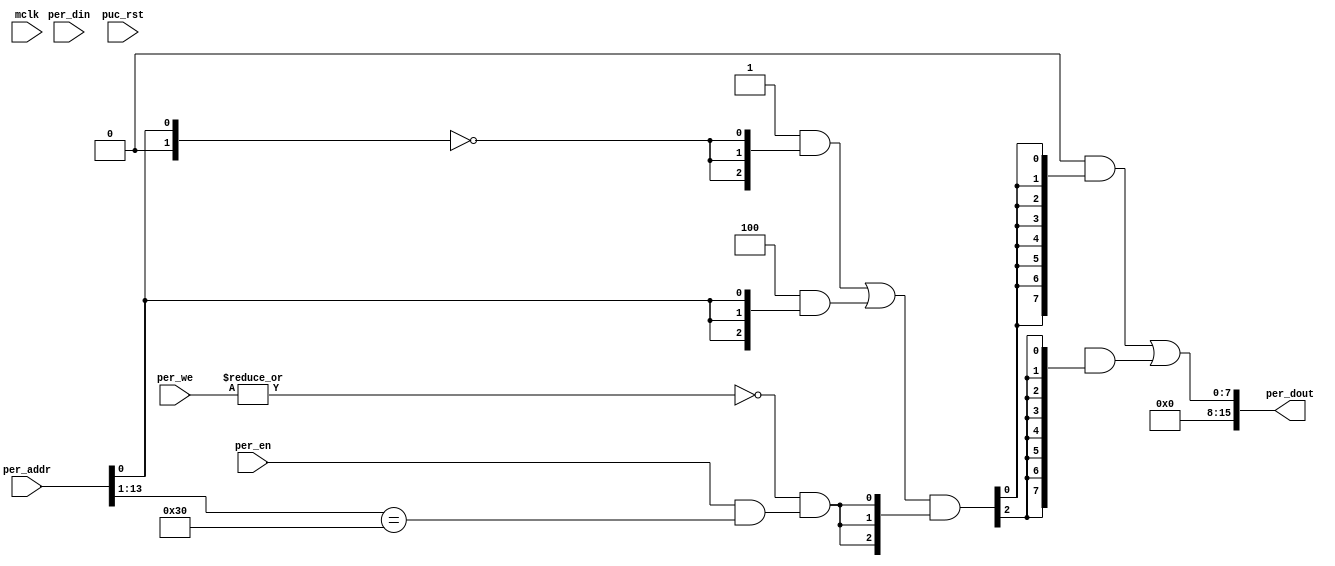
module file_io (
    output wire [15:0] per_dout,
    input  wire        mclk,
    input  wire [13:0] per_addr,
    input  wire [15:0] per_din,
    input  wire        per_en,
    input  wire  [1:0] per_we,
`ifdef VERILATOR
    input  wire [7:0]  fio_din,
    input  wire        fio_dready,
    output reg [7:0]   fio_dout,
    output reg         fio_dnxt,
    output reg         fio_dout_rdy,
`endif
    input  wire        puc_rst
);

//=============================================================================
// 1)  PARAMETER DECLARATION
//=============================================================================

// Register base address (must be aligned to decoder bit width)
parameter       [14:0] BASE_ADDR = 15'h00c0;

// Decoder bit width (defines how many bits are considered for address decoding)
parameter              DEC_WD    = 2;

// Register addresses offset
parameter [DEC_WD-1:0] STATUS    = 'h0,
                       DATA      = 'h2;

// Register one-hot decoder utilities
parameter              DEC_SZ    = (1 << DEC_WD);
parameter [DEC_SZ-1:0] BASE_REG  = {{DEC_SZ-1{1'b0}}, 1'b1};

// Register one-hot decoder
parameter [DEC_SZ-1:0] STATUS_D  = (BASE_REG << STATUS),
                       DATA_D    = (BASE_REG << DATA);

//============================================================================
// 2)  REGISTER DECODER
//============================================================================

// Local register selection
wire              reg_sel      = per_en & (per_addr[13:DEC_WD-1]==BASE_ADDR[14:DEC_WD]);

// Register local address
wire [DEC_WD-1:0] reg_addr     = {1'b0, per_addr[DEC_WD-2:0]};

// Register address decode
wire [DEC_SZ-1:0] reg_dec      = (STATUS_D & {DEC_SZ{(reg_addr==(STATUS >> 1))}}) |
                                 (DATA_D   & {DEC_SZ{(reg_addr==(DATA   >> 1))}});

// Read/Write probes
wire              reg_lo_write =  per_we[0] & reg_sel;
wire              reg_hi_write =  per_we[1] & reg_sel;
wire              reg_read     = ~|per_we   & reg_sel;

// Read/Write vectors
wire [DEC_SZ-1:0] reg_hi_wr    = reg_dec & {DEC_SZ{reg_hi_write}};
wire [DEC_SZ-1:0] reg_lo_wr    = reg_dec & {DEC_SZ{reg_lo_write}};
wire [DEC_SZ-1:0] reg_rd       = reg_dec & {DEC_SZ{reg_read}};

//============================================================================
// 3) REGISTERS
//============================================================================

// File handles
integer in_file, out_file;

initial
begin
`ifndef VERILATOR
    $display("=== File I/O ===");

`ifdef FILEIO_IN
    in_file = $fopen(`FILEIO_IN, "rb+");
    if (in_file == 0)
    begin
        $display("Fail: unable to open '%s' for reading", `FILEIO_IN);
        $finish;
    end
    $display("Input:  '%s'", `FILEIO_IN);
`endif

`ifdef FILEIO_OUT
    out_file = $fopen(`FILEIO_OUT, "wb+");
    if (out_file == 0)
    begin
        $display("Fail: unable to open '%s' for writing", `FILEIO_OUT);
        $finish;
    end
    $display("Output: '%s'", `FILEIO_OUT);
`endif

    $display("================");
`endif /* VERILATOR */
end

// DATA Register
//-----------------
reg  [7:0] data;

wire       data_wr  = DATA[0] ? reg_hi_wr[DATA] : reg_lo_wr[DATA];
wire [7:0] data_nxt = DATA[0] ? per_din[15:8]   : per_din[7:0];

// Writes to the DATA register
`ifndef VERILATOR
reg        data_ready;

`ifdef FILEIO_OUT
always @ (posedge mclk or posedge puc_rst)
    if (data_wr)
        if ($fputc(data_nxt, out_file) != 0)
            $display("File I/O: write error");
        else
            $fflush(out_file);
`endif

// Reads from the DATA register
`ifdef FILEIO_IN
integer in_char;

always @(posedge mclk or posedge puc_rst)
    if (puc_rst | reg_rd[DATA])
    begin
        data <= 8'hab;
        data_ready <= 1'b0;
    end
    else if (!data_ready)
    begin
        in_char = $fgetc(in_file);
        if (in_char != -1)
        begin
            data <= in_char;
            data_ready <= 1'b1;
        end
    end
`else
initial begin
    data_ready <= 1'b0;
end
`endif

// STATUS Register
//-----------------
wire [7:0] status = {7'b0, data_ready};

`else /* VERILATOR */

// Writes to the DATA register
always @ (posedge mclk or posedge puc_rst)
    if (puc_rst)
        fio_dout_rdy <= 0;
    else if (data_wr) begin
        fio_dout <= data_nxt;
        fio_dout_rdy <= 1;
    end else
        fio_dout_rdy <= 0;

// Reads from the DATA register
always @(posedge mclk or posedge puc_rst)
    if (puc_rst)
    begin
        data <= 8'hff;
        fio_dnxt <= 1'b0;
    end
    else if (reg_rd[DATA])
        fio_dnxt <= 1'b1;
    else begin
        data <= fio_din;
        fio_dnxt <= 1'b0;
    end

// STATUS Register
//-----------------
wire [7:0] status = {7'b0, fio_dready};

`endif /* VERILATOR */

//============================================================================
// 4) DATA OUTPUT GENERATION
//============================================================================

// Data output mux
wire [15:0] status_rd = {8'h00, (status & {8{reg_rd[STATUS]}})} << (8 & {4{STATUS[0]}});
wire [15:0] data_rd   = {8'h00, (data   & {8{reg_rd[DATA]}})}   << (8 & {4{DATA[0]}});

assign      per_dout  =  status_rd | data_rd;

endmodule